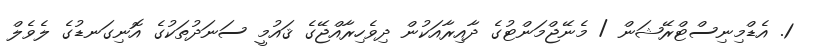
1. އެޑްމިނިސްޓްރޭޝަން / މެނޭޖްމަންޓުގެ ދާއިރާއަކުން ދިވެހިރާއްޖޭގެ ޤައުމީ ސަނަދުތަކުގެ އޮނިގަނޑުގެ ލެވެލް